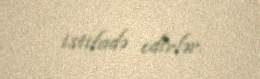
istifadə edirlər.